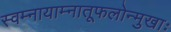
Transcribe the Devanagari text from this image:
स्वम्नायाम्नातूफलोन्मुखाः